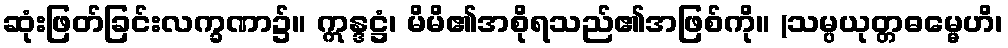
ဆုံးဖြတ်ခြင်းလက္ခဏာ၌။ ဣန္ဒဋ္ဌံ၊ မိမိ၏အစိုရသည်၏အဖြစ်ကို။ (သမ္ပယုတ္တဓမ္မေဟိ၊